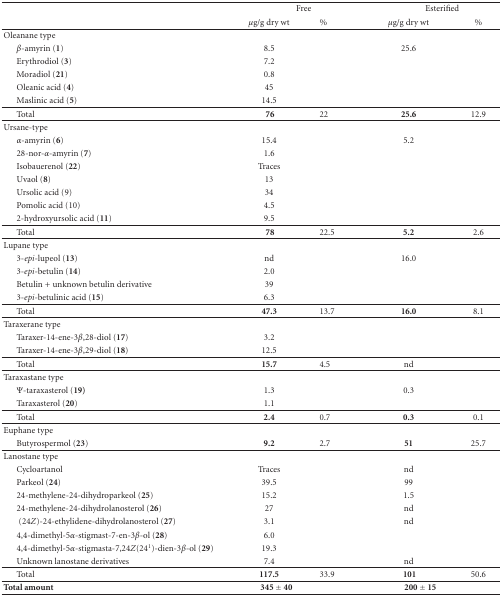
<table><thead><tr><td></td><td colspan="2"><b>Free</b></td><td colspan="2"><b>Esterified</b></td></tr><tr><td></td><td><b><i>μ</i>g/g dry wt</b></td><td><b>%</b></td><td><b><i>μ</i>g/g dry wt</b></td><td><b>%</b></td></tr></thead><tbody><tr><td>Oleanane type</td><td></td><td></td><td></td><td></td></tr><tr><td> <i>β</i>-amyrin (<b>1</b>)</td><td> 8.5</td><td></td><td>25.6</td><td></td></tr><tr><td> Erythrodiol (<b>3</b>)</td><td> 7.2</td><td></td><td></td><td></td></tr><tr><td> Moradiol (<b>21</b>)</td><td> 0.8</td><td></td><td></td><td></td></tr><tr><td> Oleanic acid (<b>4</b>)</td><td> 45</td><td></td><td></td><td></td></tr><tr><td> Maslinic acid (<b>5</b>)</td><td>14.5</td><td></td><td></td><td></td></tr><tr><td> Total</td><td><b> 76</b></td><td>22</td><td><b>25.6</b></td><td>12.9</td></tr><tr><td>Ursane-type</td><td></td><td></td><td></td><td></td></tr><tr><td> <i>α</i>-amyrin (<b>6</b>)</td><td>15.4</td><td></td><td>5.2</td><td></td></tr><tr><td> 28-nor-<i>α</i>-amyrin (<b>7</b>)</td><td> 1.6</td><td></td><td></td><td></td></tr><tr><td> Isobauerenol (<b>22</b>)</td><td>Traces</td><td></td><td></td><td></td></tr><tr><td> Uvaol (<b>8</b>)</td><td> 13</td><td></td><td></td><td></td></tr><tr><td> Ursolic acid (9)</td><td> 34</td><td></td><td></td><td></td></tr><tr><td> Pomolic acid (10)</td><td> 4.5</td><td></td><td></td><td></td></tr><tr><td> 2-hydroxyursolic acid (<b>11</b>)</td><td> 9.5</td><td></td><td></td><td></td></tr><tr><td> Total</td><td><b> 78</b></td><td>22.5</td><td><b>5.2</b></td><td>2.6</td></tr><tr><td>Lupane type</td><td></td><td></td><td></td><td></td></tr><tr><td> 3-<i>epi-</i>lupeol (<b>13</b>)</td><td>nd</td><td></td><td>16.0</td><td></td></tr><tr><td> 3-<i>epi-</i>betulin (<b>14</b>)</td><td> 2.0</td><td></td><td></td><td></td></tr><tr><td> Betulin + unknown betulin derivative</td><td> 39</td><td></td><td></td><td></td></tr><tr><td> 3-<i>epi-</i>betulinic acid (<b>15</b>)</td><td>6.3</td><td></td><td></td><td></td></tr><tr><td> Total</td><td><b>47.3</b></td><td>13.7</td><td><b>16.0</b></td><td>8.1</td></tr><tr><td>Taraxerane type</td><td></td><td></td><td></td><td></td></tr><tr><td> Taraxer-14-ene-3<i>β</i>,28-diol (<b>17</b>)</td><td>3.2</td><td></td><td></td><td></td></tr><tr><td> Taraxer-14-ene-3<i>β</i>,29-diol (<b>18</b>)</td><td>12.5</td><td></td><td></td><td></td></tr><tr><td> Total</td><td><b>15.7</b></td><td>4.5</td><td>nd</td><td></td></tr><tr><td>Taraxastane type</td><td></td><td></td><td></td><td></td></tr><tr><td> Ψ-taraxasterol (<b>19)</b></td><td>1.3</td><td></td><td>0.3</td><td></td></tr><tr><td> Taraxasterol (<b>20</b>)</td><td>1.1</td><td></td><td></td><td></td></tr><tr><td> Total</td><td><b>2.4</b></td><td>0.7</td><td><b>0.3</b></td><td>0.1</td></tr><tr><td>Euphane type</td><td></td><td></td><td></td><td></td></tr><tr><td> Butyrospermol (<b>23</b>)</td><td><b>9.2</b></td><td>2.7</td><td><b>51</b></td><td>25.7</td></tr><tr><td>Lanostane type</td><td></td><td></td><td></td><td></td></tr><tr><td> Cycloartanol</td><td>Traces</td><td></td><td>nd</td><td></td></tr><tr><td> Parkeol (<b>24</b>)</td><td>39.5</td><td></td><td>99</td><td></td></tr><tr><td> 24-methylene-24-dihydroparkeol (<b>25</b>)</td><td>15.2</td><td></td><td>1.5</td><td></td></tr><tr><td> 24-methylene-24-dihydrolanosterol (<b>26</b>)</td><td> 27</td><td></td><td>nd</td><td></td></tr><tr><td>(24<i>Z</i>)-24-ethylidene-dihydrolanosterol (<b>27</b>)</td><td>3.1</td><td></td><td>nd</td><td></td></tr><tr><td> 4,4-dimethyl-5<i>α</i>-stigmast-7-en-3<i>β</i>-ol (<b>28</b>)</td><td>6.0</td><td></td><td></td><td></td></tr><tr><td> 4,4-dimethyl-5<i>α</i>-stigmasta-7,24<i>Z</i>(24<sup>1</sup>)-dien-3<i>β</i>-ol (<b>29</b>)</td><td> 19.3</td><td></td><td></td><td></td></tr><tr><td> Unknown lanostane derivatives</td><td> 7.4</td><td></td><td>nd</td><td></td></tr><tr><td> Total</td><td><b>117.5</b></td><td>33.9</td><td><b> 101</b></td><td>50.6</td></tr><tr><td><b>Total amount </b></td><td colspan="2"><b>345 ± 40</b></td><td colspan="2"><b>200 ± 15</b></td></tr></tbody></table>